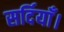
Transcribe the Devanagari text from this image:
सर्दियाँ।